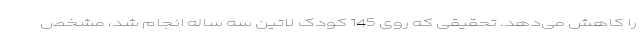
را کاهش می‌دهد. تحقیقی که روی 145 کودک لاتین سه ساله انجام شد، مشخص